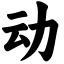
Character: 动